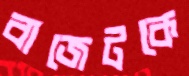
বাজেটকে